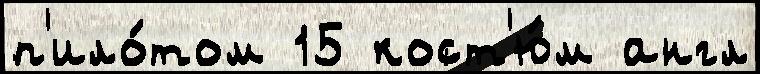
п'ило́том 15 кост'ю́м англ